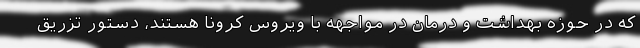
که در حوزه بهداشت و درمان در مواجهه با ویروس کرونا هستند، دستور تزریق